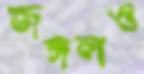
জঙ্গলও